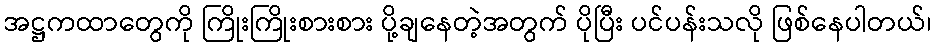
အဋ္ဌကထာတွေကို ကြိုးကြိုးစားစား ပို့ချနေတဲ့အတွက် ပိုပြီး ပင်ပန်းသလို ဖြစ်နေပါတယ်၊